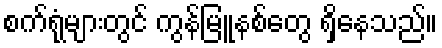
စက်ရုံများတွင် ကွန်မြူနစ်တွေ ရှိနေသည်။